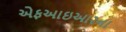
એફઆઇઆરના